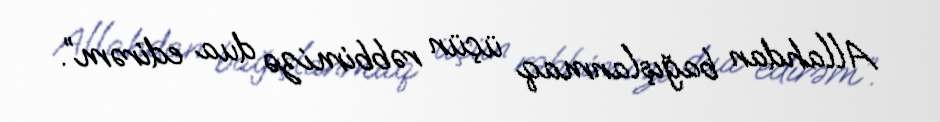
Allahdan bağışlanmaq üçün rəbbimizə dua edirəm”.